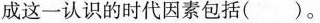
推动孙中山形成这一认识的时代因素包括( )。